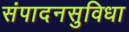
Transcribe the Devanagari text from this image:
संपादनसुविधा